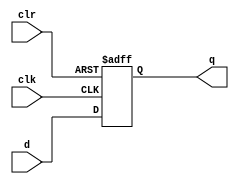
module my_dffr_n (
    input d,
    clk,
    clr,
    output reg q
);
  always @(posedge clk or negedge clr)
    if (!clr) q <= 1'b0;
    else q <= d;
endmodule